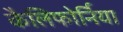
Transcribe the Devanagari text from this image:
कैलिफोर्निया